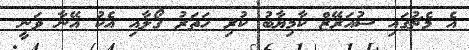
އެ މެޗުގައި ސުއަރޭޒް ކާމިޔާބު ކުރި ހަތަރު ގޯލާއި އެކު އޭނާ ވަނީ